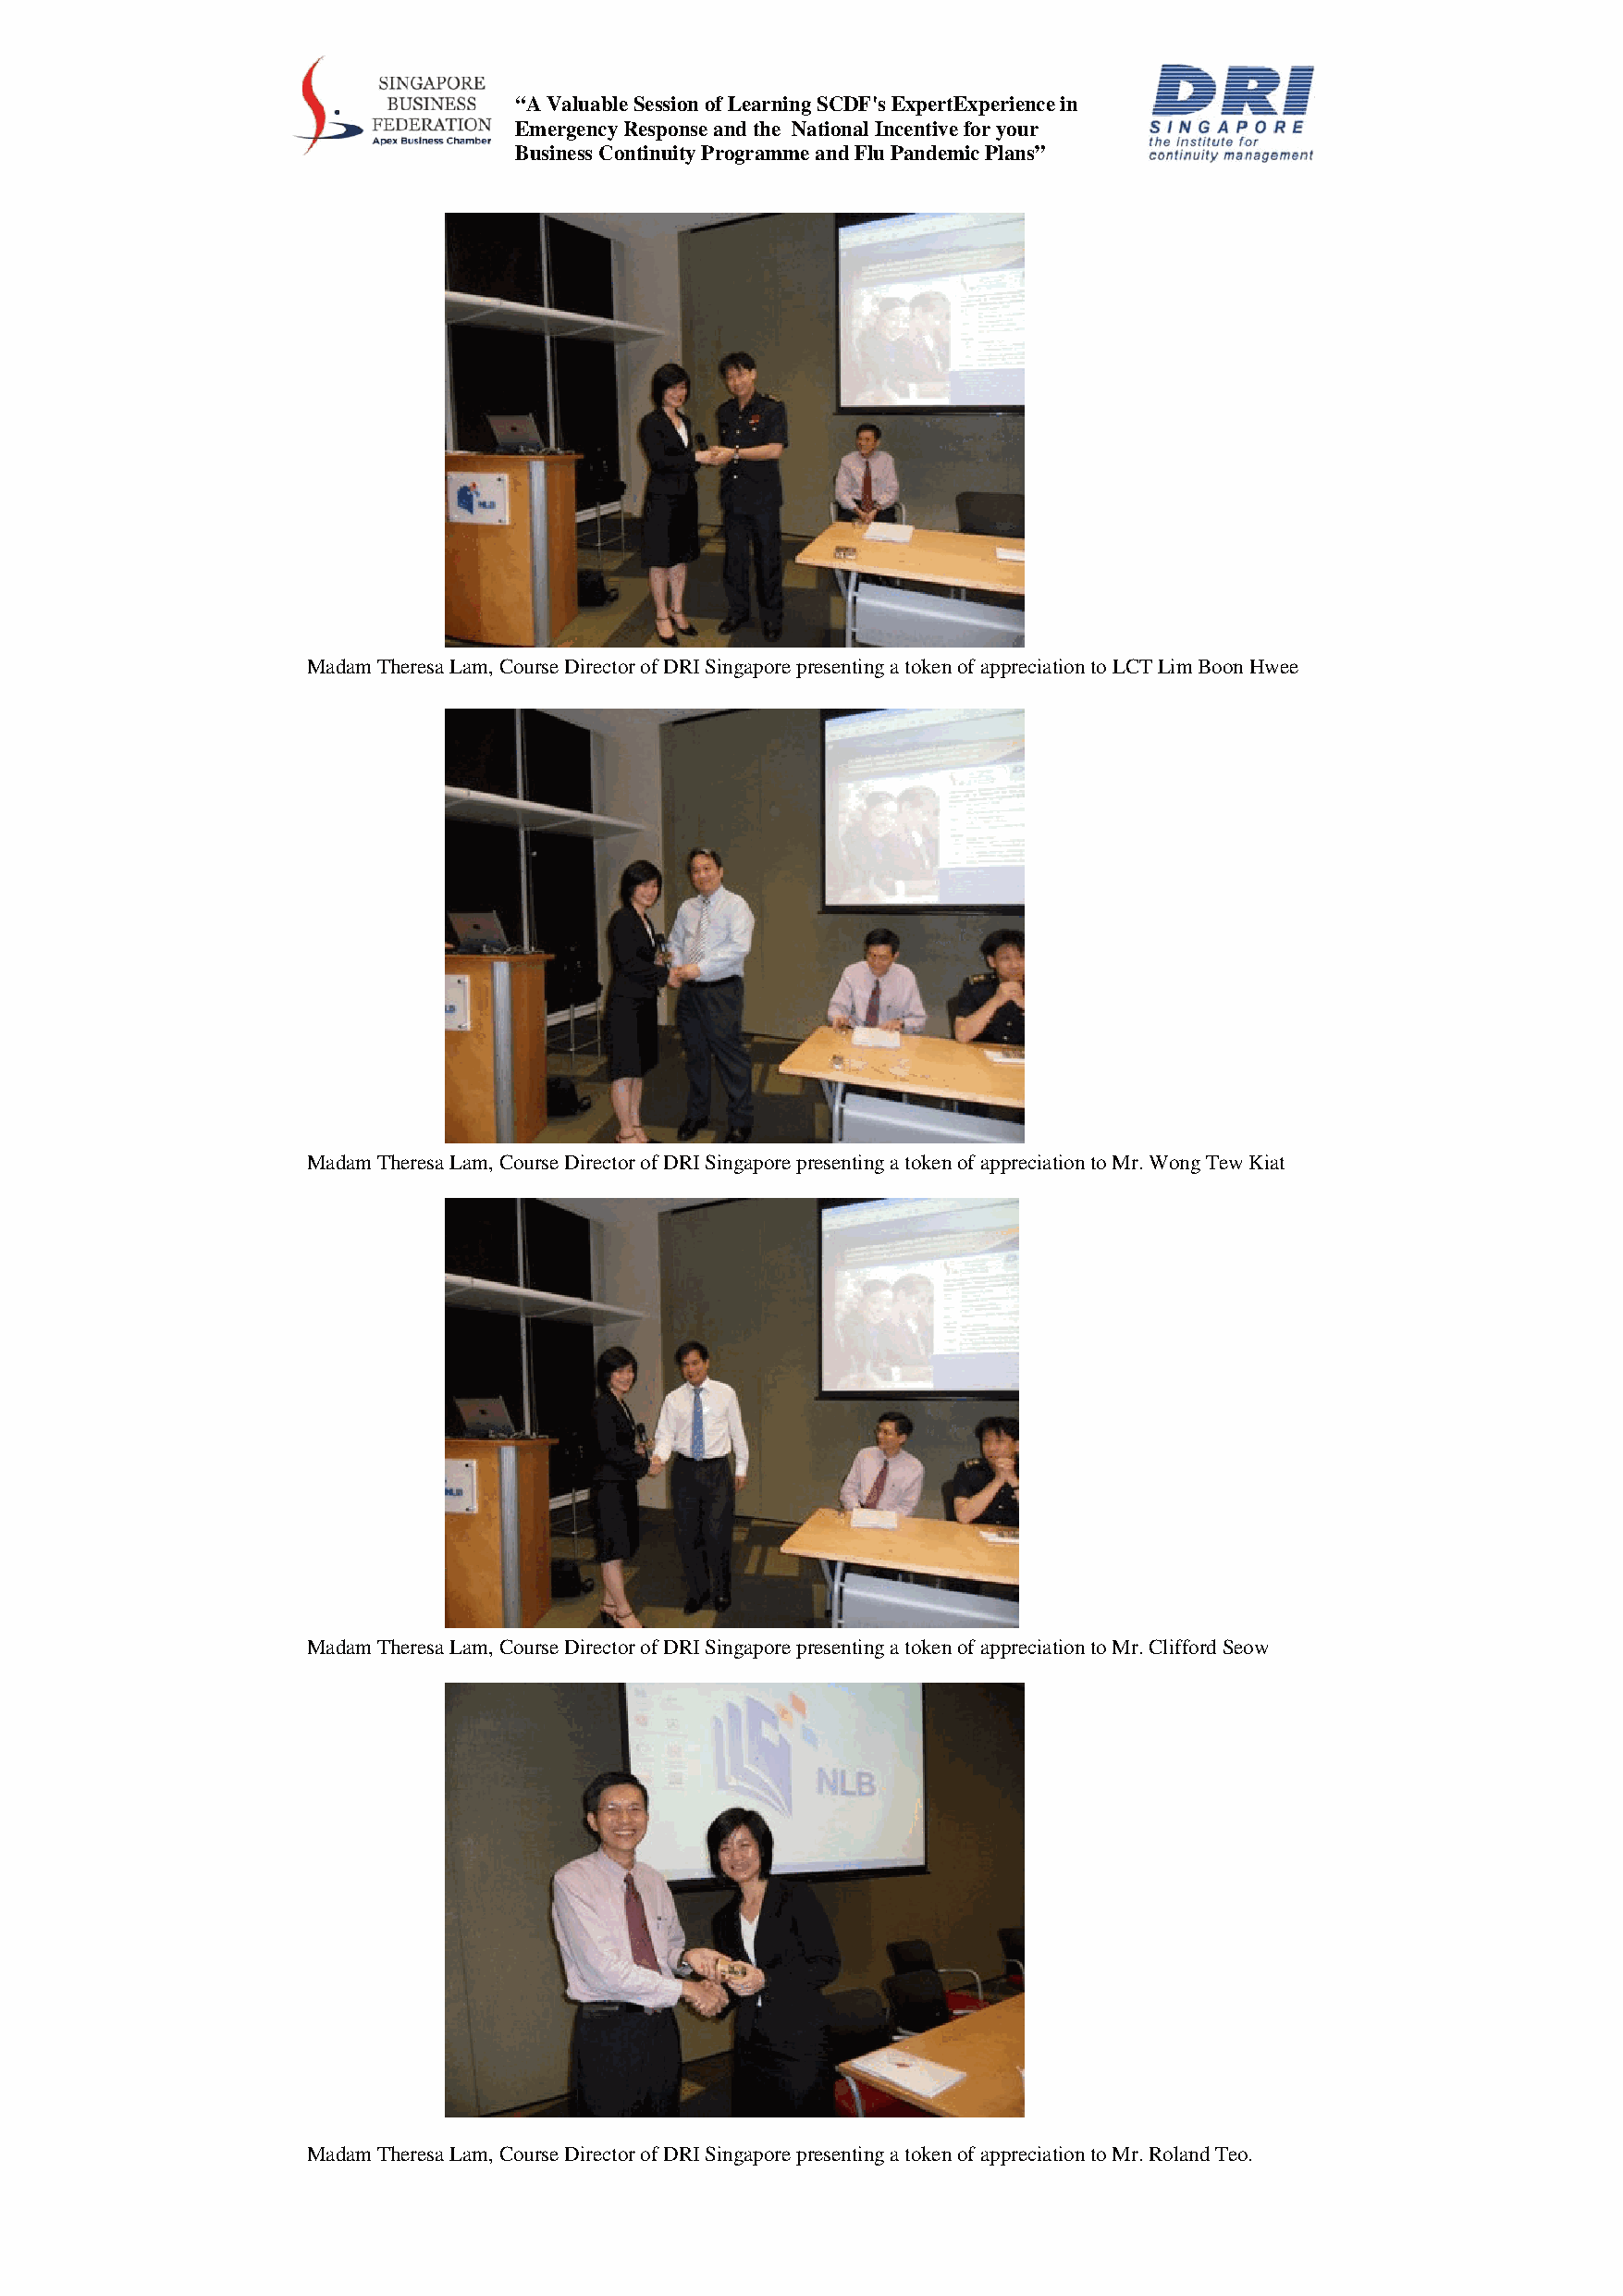
“A Valuable Session of Learning SCDF's ExpertExperience in
 Emergency Response and the National Incentive for your
 Business Continuity Programme and Flu Pandemic Plans”
 Madam Theresa Lam, Course Director of DRI Singapore presenting a token of appreciation to LCT Lim Boon Hwee
 Madam Theresa Lam, Course Director of DRI Singapore presenting a token of appreciation to Mr. Wong Tew Kiat
 Madam Theresa Lam, Course Director of DRI Singapore presenting a token of appreciation to Mr. Clifford Seow
 Madam Theresa Lam, Course Director of DRI Singapore presenting a token of appreciation to Mr. Roland Teo.